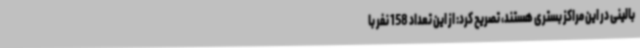
بالینی در این مراکز بستری هستند، تصریح کرد: از این تعداد 158 نفر با